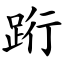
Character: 䟰